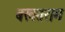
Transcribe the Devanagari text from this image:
बखतराम